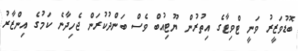
ބޮޑުވަޒީރު ވަނީ ޓްވިޓާގެ އިތުރުން ޔޫޓިއުބް ވެސް ބަންދުކުރަން ޖެހިދާނެ ކަމުގެ އިންޒާރު